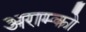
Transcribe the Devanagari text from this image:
अराम्को